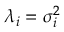
\lambda _ { i } = \sigma _ { i } ^ { 2 }